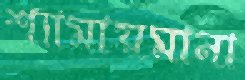
শ্যামায়মানা